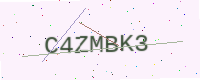
Text: C4ZMBK3